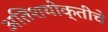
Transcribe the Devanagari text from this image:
अतिशयोक्तीचे